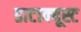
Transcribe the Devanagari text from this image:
डाटाक्यूस्ट